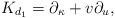
LaTeX: \begin{align*}{K}_{d_1}=\partial_{\kappa }+v\partial_u,\end{align*}